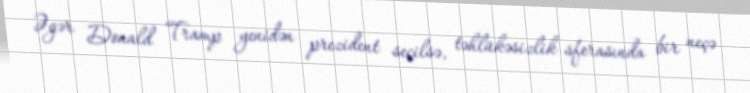
Əgər Donald Tramp yenidən prezident seçilsə, təhlükəsizlik sferasında bir neçə